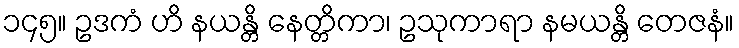
၁၄၅။ ဥဒကံ ဟိ နယန္တိ နေတ္တိကာ၊ ဥသုကာရာ နမယန္တိ တေဇနံ။